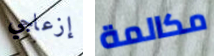
إزعاجي مكالمة